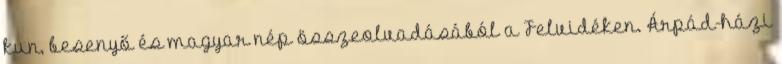
kun, besenyő és magyar nép összeolvadásából a Felvidéken. Árpád-házi